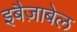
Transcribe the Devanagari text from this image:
इबैज़ाबेल